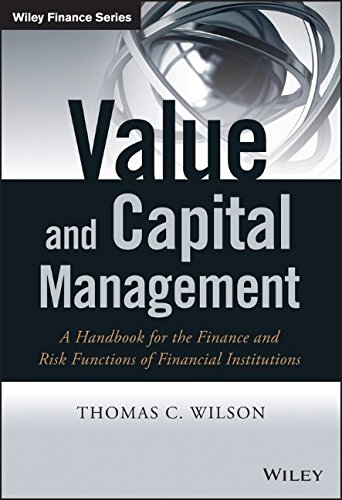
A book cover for Value and Capital Management: A Handbook for the Finance and Risk Functions of Financial Institutions (The Wiley Finance Series); Thomas C. Wilson; Business & Money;